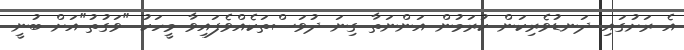
އެ ރަށުގައި ދަނޑުވެރިކަން ކުރަމުން އަންނަތާ ގިނަ ދުވަސްތަކެއްވެފައިވާ މީހަކު "ވަގުތު"އަށް ބުނީ